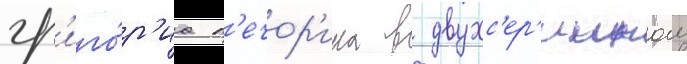
гр'иго́р'иа п'ечор'ина в двухс'ер'иином